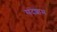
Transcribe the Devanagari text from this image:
संदेशाम